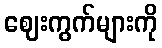
ဈေးကွက်များကို